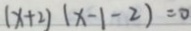
( x + 2 ) ( x - 1 - 2 ) = 0